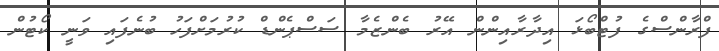
ފްރާންސްގެ ފުޓްބޯޅަ އިދާރާއިންން އޭރު ބެންޒެމާ ސަސްޕެންޑް ކުރުމަށްފަހު ބުނެފައި ވަނީ ކޯޓުން